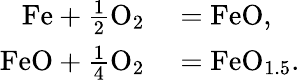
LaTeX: \begin{array}{rl}{\mathrm{Fe}+\frac{1}{2}\mathrm{O}_{2}}&{{}=\mathrm{FeO},}\\ {\mathrm{FeO}+\frac{1}{4}\mathrm{O}_{2}}&{{}=\mathrm{FeO}_{1.5}.}\end{array}